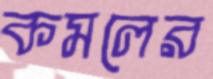
কমলের